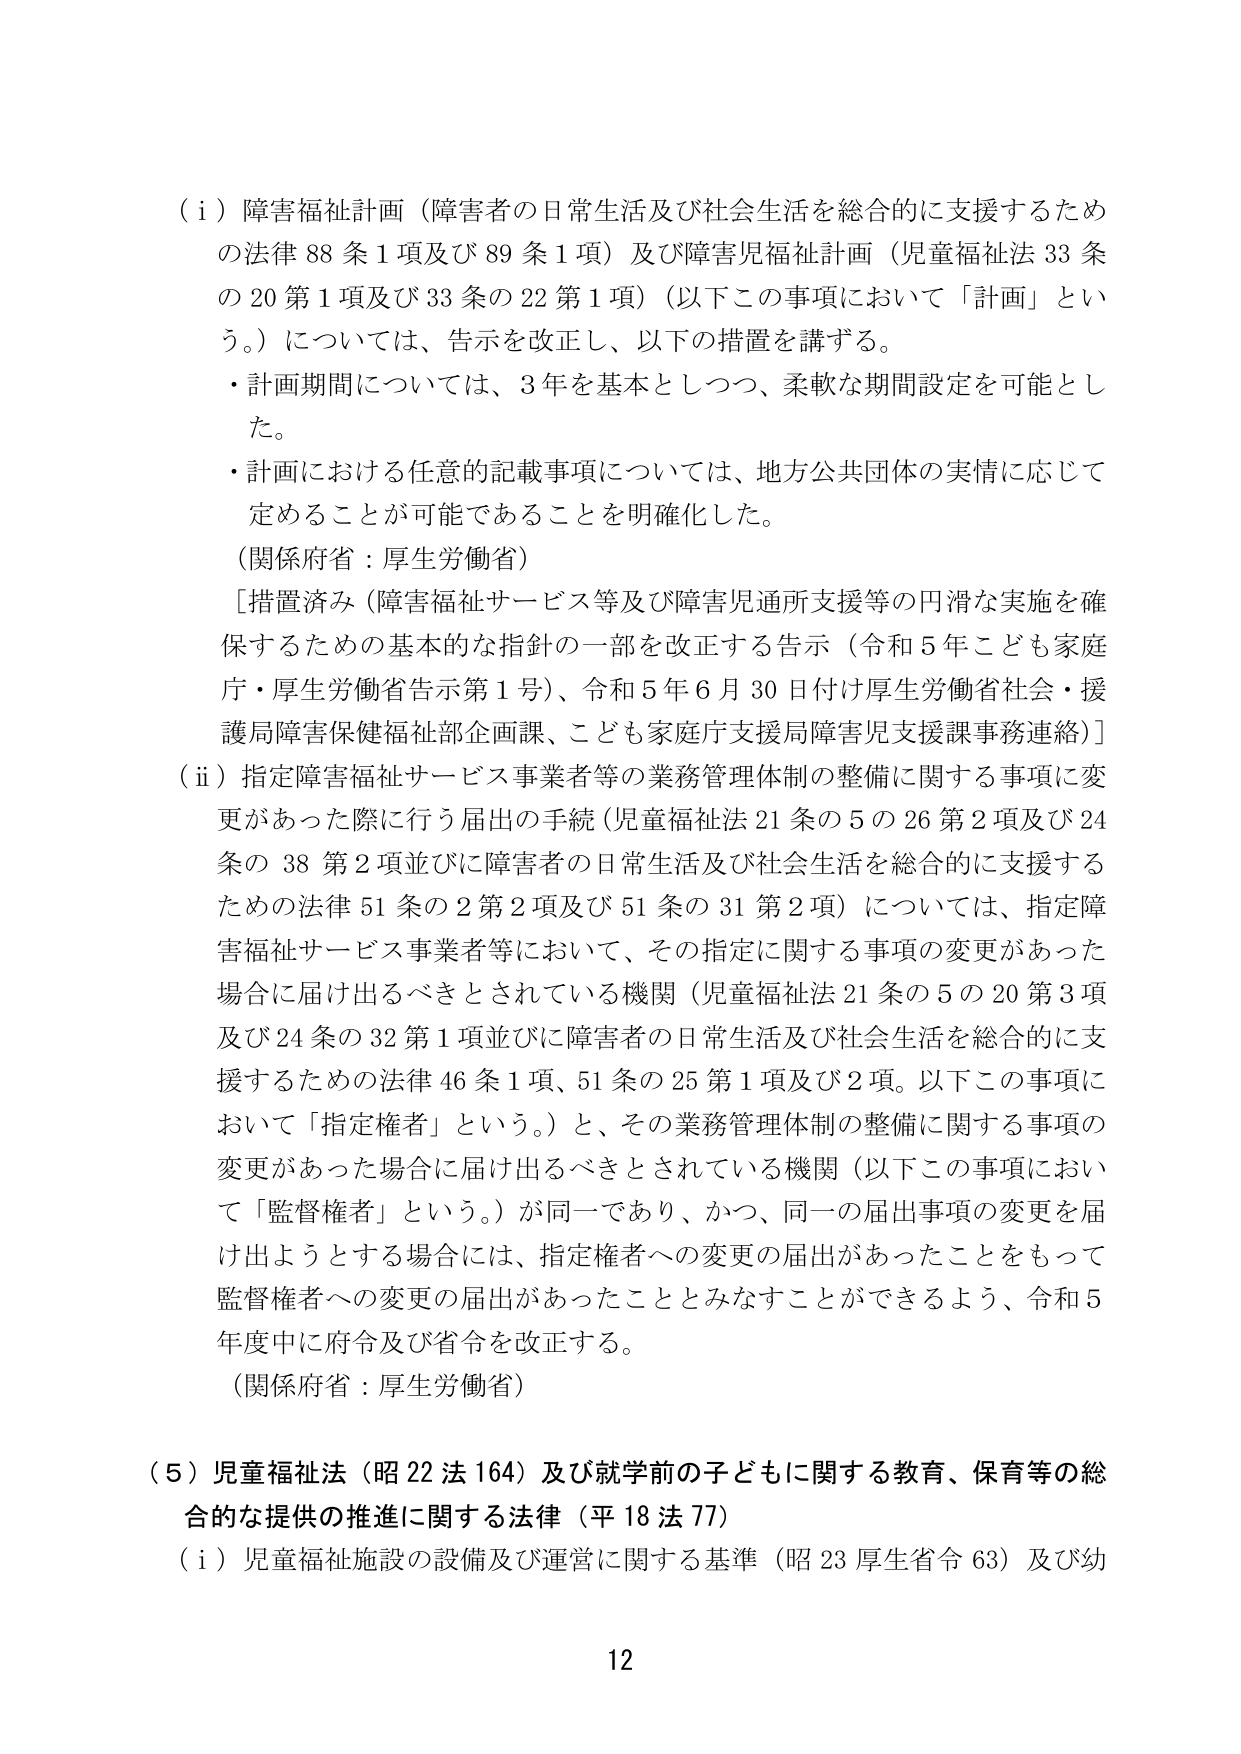
（ｉ）障害福祉計画（障害者の日常生活及び社会生活を総合的に支援するための法律 88 条 1 項及び 89 条 1 項）及び障害児福祉計画（児童福祉法 33 条の 20 第 1 項及び 33 条の 22 第 1 項）（以下この事項において「計画」という。）については、告示を改正し、以下の措置を講ずる。

・計画期間については、3 年を基本としつつ、柔軟な期間設定を可能とした。

・計画における任意的記載事項については、地方公共団体の実情に応じて定めることが可能であることを明確化した。

（関係府省：厚生労働省）

［措置済み（障害福祉サービス等及び障害児通所支援等の円滑な実施を確保するための基本的な指針の一部を改正する告示（令和 5 年こども家庭庁・厚生労働省告示第 1 号）、令和 5 年 6 月 30 日付け厚生労働省社会・援護局障害保健福祉部企画課、こども家庭庁支援局障害児支援課事務連絡）］

（ⅱ）指定障害福祉サービス事業者等の業務管理体制の整備に関する事項に変更があった際に行う届出の手続（児童福祉法 21 条の 5 の 26 第 2 項及び 24 条の 38 第 2 項並びに障害者の日常生活及び社会生活を総合的に支援するための法律 51 条の 2 第 2 項及び 51 条の 31 第 2 項）については、指定障害福祉サービス事業者等において、その指定に関する事項の変更があった場合に届け出るべきとされている機関（児童福祉法 21 条の 5 の 20 第 3 項及び 24 条の 32 第 1 項並びに障害者の日常生活及び社会生活を総合的に支援するための法律 46 条 1 項、51 条の 25 第 1 項及び 2 項。以下この事項において「指定権者」という。）と、その業務管理体制の整備に関する事項の変更があった場合に届け出るべきとされている機関（以下この事項において「監督権者」という。）が同一であり、かつ、同一の届出事項の変更を届け出ようとする場合には、指定権者への変更の届出があったことをもって監督権者への変更の届出があったこととみなすことができるよう、令和 5 年度中に府令及び省令を改正する。

（関係府省：厚生労働省）

（５）児童福祉法（昭 22 法 164）及び就学前の子どもに関する教育、保育等の総合的な提供の推進に関する法律（平 18 法 77）

（ⅰ）児童福祉施設の設備及び運営に関する基準（昭 23 厚生省令 63）及び幼

12